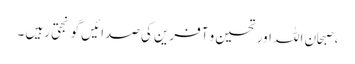
، صبحان اللہ اور تحسین و آفرین کی صدائیں گونجتی رہیں ۔